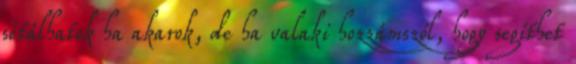
sétálhatok ha akarok, de ha valaki hozzámszól, hogy segíthet